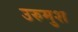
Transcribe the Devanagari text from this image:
उरुमुश